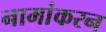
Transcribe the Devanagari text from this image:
नामांकरन